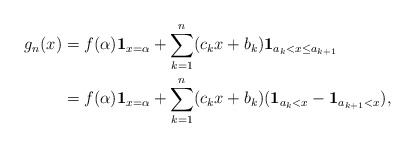
\begin{align*}g_n(x) &= f(\alpha)\textbf{1}_{x=\alpha} + \sum_{k=1}^n (c_kx + b_k)\textbf{1}_{a_k < x \leq a_{k+1}}\\&= f(\alpha)\textbf{1}_{x=\alpha}+\sum_{k=1}^n (c_kx + b_k)(\textbf{1}_{a_k < x}-\textbf{1}_{a_{k+1}<x}),\end{align*}